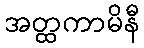
အတ္ထကာမိနီ